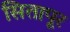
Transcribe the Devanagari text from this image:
सितापूर